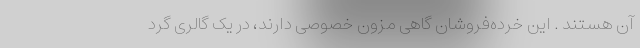
آن هستند . این خرده‌فروشان گاهی مزون خصوصی دارند، در یک گالری گرد